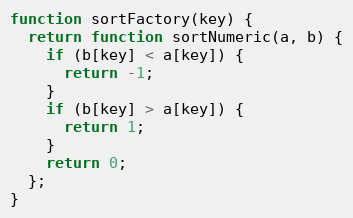
Language: JavaScript
function sortFactory(key) {
  return function sortNumeric(a, b) {
    if (b[key] < a[key]) {
      return -1;
    }
    if (b[key] > a[key]) {
      return 1;
    }
    return 0;
  };
}